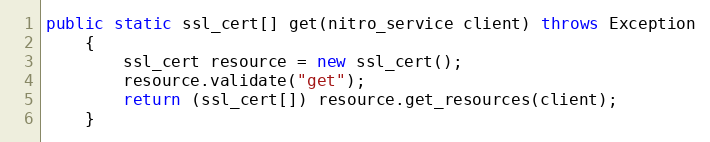
Language: Java
public static ssl_cert[] get(nitro_service client) throws Exception
	{
		ssl_cert resource = new ssl_cert();
		resource.validate("get");
		return (ssl_cert[]) resource.get_resources(client);
	}